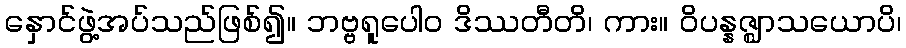
နှောင်ဖွဲ့အပ်သည်ဖြစ်၍။ ဘဗ္ဗရူပေါဝ ဒိဿတီတိ၊ ကား။ ဝိပန္နဇ္ဈာသယောပိ၊